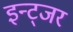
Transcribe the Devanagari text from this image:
इन्ट्जर